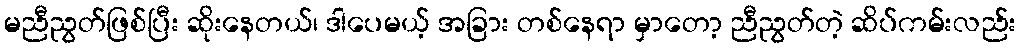
မညီညွတ်ဖြစ်ပြီး ဆိုးနေတယ်၊ ဒါပေမယ့် အခြား တစ်နေရာ မှာတော့ ညီညွတ်တဲ့ ဆိပ်ကမ်းလည်း